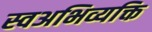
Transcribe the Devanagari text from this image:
स्वअभिव्यक्ति